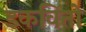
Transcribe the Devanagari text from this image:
डकवितो